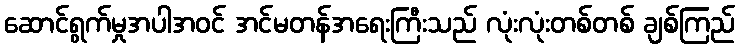
ဆောင်ရွက်မှုအပါအဝင် အင်မတန်အရေးကြီးသည် လုံးလုံးတစ်တစ် ချစ်ကြည်